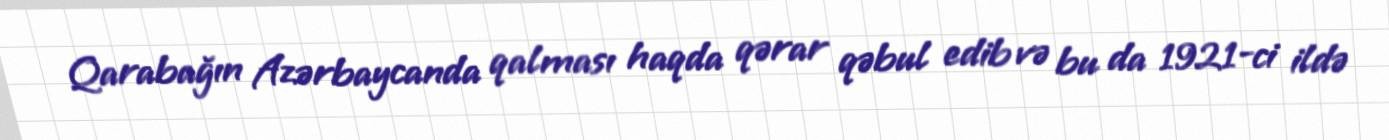
Qarabağın Azərbaycanda qalması haqda qərar qəbul edib və bu da 1921-ci ildə